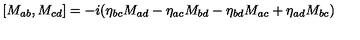
[ M _ { a b } , M _ { c d } ] = - i ( \eta _ { b c } M _ { a d } - \eta _ { a c } M _ { b d } - \eta _ { b d } M _ { a c } + \eta _ { a d } M _ { b c } )